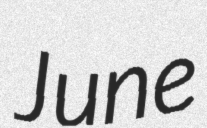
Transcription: June